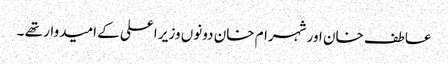
عاطف خان اور شہرام خان دونوں وزیر اعلی کے امیدوار تھے ۔